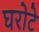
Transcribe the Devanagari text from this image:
घरोटे